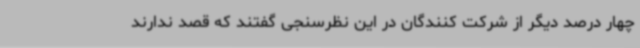
چهار درصد دیگر از شرکت کنندگان در این نظرسنجی گفتند که قصد ندارند